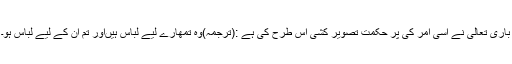
باری تعالیٰ نے اسی امر کی پُر حکمت تصویر کشی اس طرح کی ہے :(ترجمہ)وہ تمھارے لیے لباس ہیںاور تم ان کے لیے لباس ہو۔